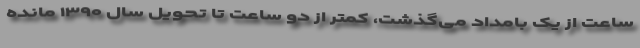
ساعت از یک بامداد می‌گذشت، کمتر از دو ساعت تا تحویل سال ۱۳۹۰ مانده